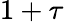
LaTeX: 1+\tau